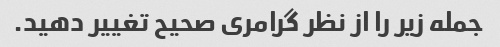
جمله زیر را از نظر گرامری صحیح تغییر دهید.